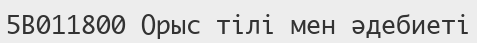
5В011800 Орыс тілі мен әдебиеті